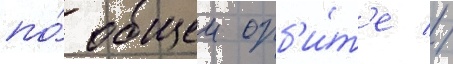
по́ общеи орб'и́т'е //